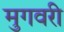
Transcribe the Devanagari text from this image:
मुगवरी